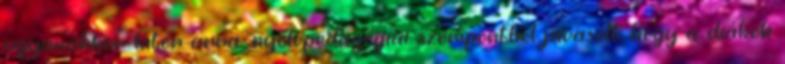
ugyanakkor kitér arra: nyelvpedagógiai szempontból javasolt, hogy a diákok